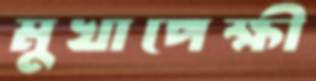
মুখাপেক্ষী